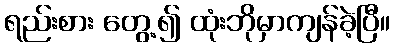
ရည်းစား တွေ့၍ ထုံးဘိုမှာကျန်ခဲ့ပြီ။